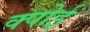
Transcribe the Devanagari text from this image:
क्पोई